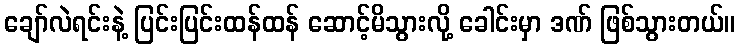
ချော်လဲရင်းနဲ့ ပြင်းပြင်းထန်ထန် ဆောင့်မိသွားလို့ ခေါင်းမှာ ဒဏ် ဖြစ်သွားတယ်။